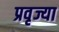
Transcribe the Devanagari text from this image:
प्रवृज्या